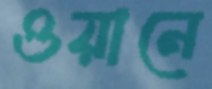
ওয়ানে